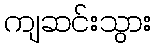
ကျဆင်းသွား